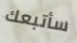
سأتبعك